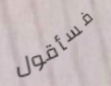
فسأقول